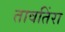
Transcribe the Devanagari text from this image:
तावतिंरा